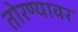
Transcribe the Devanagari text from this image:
तोरण्यावर